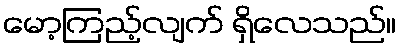
မော့ကြည့်လျက် ရှိလေသည်။